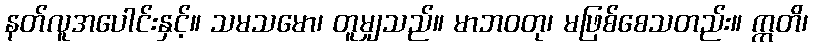
နတ်လူအပေါင်းနှင့်။ သမသမော၊ တူမျှသည်။ မာဘဝတု၊ မဖြစ်စေသတည်း။ ဣတိ၊